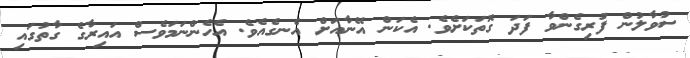
ސުވާލުން ފުރިގެންވާ ފަދަ ގޮތަކަށެވެ. އެކަން އޭނާއަށް އެނގެއެވެ. އެހެންނަމަވެސް އައިރާގެ ގާތުގައި